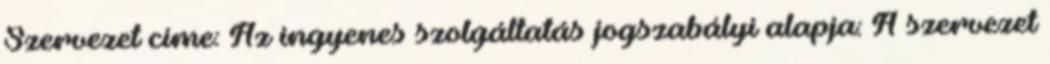
Szervezet címe: Az ingyenes szolgáltatás jogszabályi alapja: A szervezet